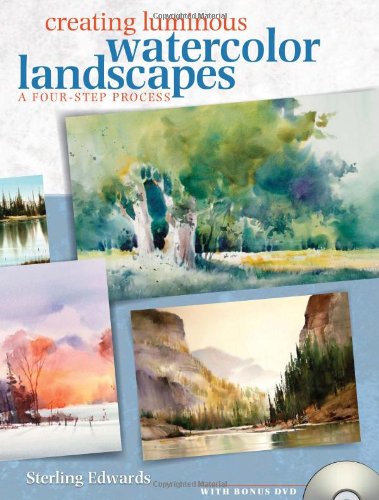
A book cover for Creating Luminous Watercolor Landscapes; Sterling Edwards; Arts & Photography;